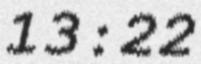
13:22